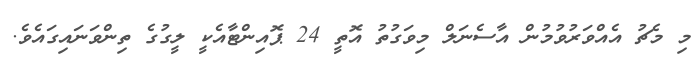
މި މެޗު އެއްވަރުވުމުން އާސެނަލް މިވަގުތު އޮތީ 24 ޕޮއިންޓާއެކީ ލީގުގެ ތިންވަނައިގައެވެ.